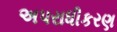
અપરાધીકરણ